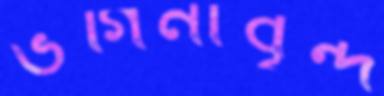
ভগিনীবৃন্দ